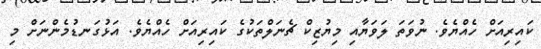
ކައިރިއަށް ހެއްޔެވެ. ނުވަތަ ލަވަޔާއި މިޔުޒިކް ޗެނަލްތަކުގެ ކައިރިއަށް ހެއްޔެވެ. އަޅުގަނޑުމެންނަށް މި